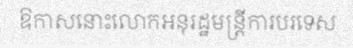
ឱកាសនោះលោកអនុរដ្ឋមន្ត្រីការបរទេស